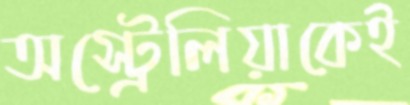
অস্ট্রেলিয়াকেই